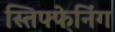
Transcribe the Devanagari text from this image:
स्तिफ्फेनिंग